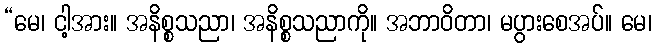
“မေ၊ ငါ့အား။ အနိစ္စသညာ၊ အနိစ္စသညာကို။ အဘာဝိတာ၊ မပွားစေအပ်။ မေ၊